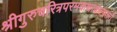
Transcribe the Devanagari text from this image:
श्रीगुरुचरित्रपरमकथाकल्पतरौ